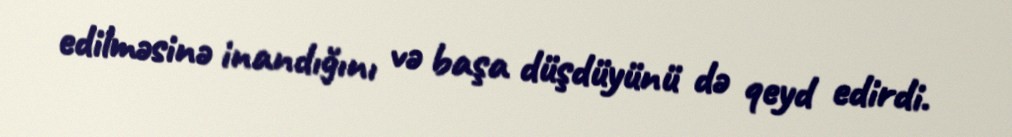
edilməsinə inandığını və başa düşdüyünü də qeyd edirdi.